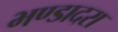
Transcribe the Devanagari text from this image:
भण्डादरा